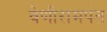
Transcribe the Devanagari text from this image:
वेणीरामपंत